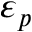
\varepsilon _ { p }